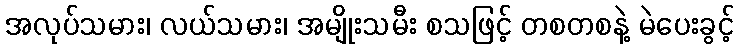
အလုပ်သမား၊ လယ်သမား၊ အမျိုးသမီး စသဖြင့် တစတစနဲ့ မဲပေးခွင့်